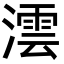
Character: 澐